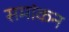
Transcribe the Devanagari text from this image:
समांकन